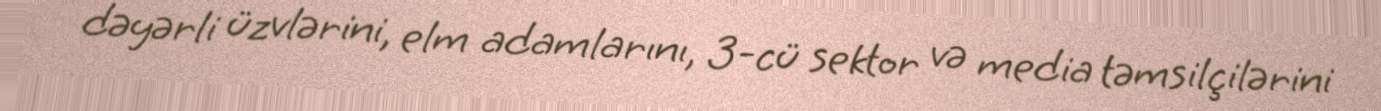
dəyərli üzvlərini, elm adamlarını, 3-cü sektor və media təmsilçilərini